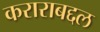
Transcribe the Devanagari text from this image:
कराराबद्दल